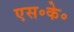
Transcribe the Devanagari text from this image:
एस॰के॰